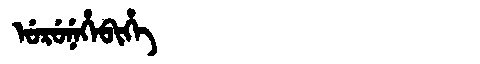
Manchu: ᡠᡵᡠᠨᡝᡥᡝᠪᡳᡥᡝ
Romanization: URUNEHEBIHE